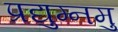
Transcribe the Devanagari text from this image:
प्रद्युम्नमु